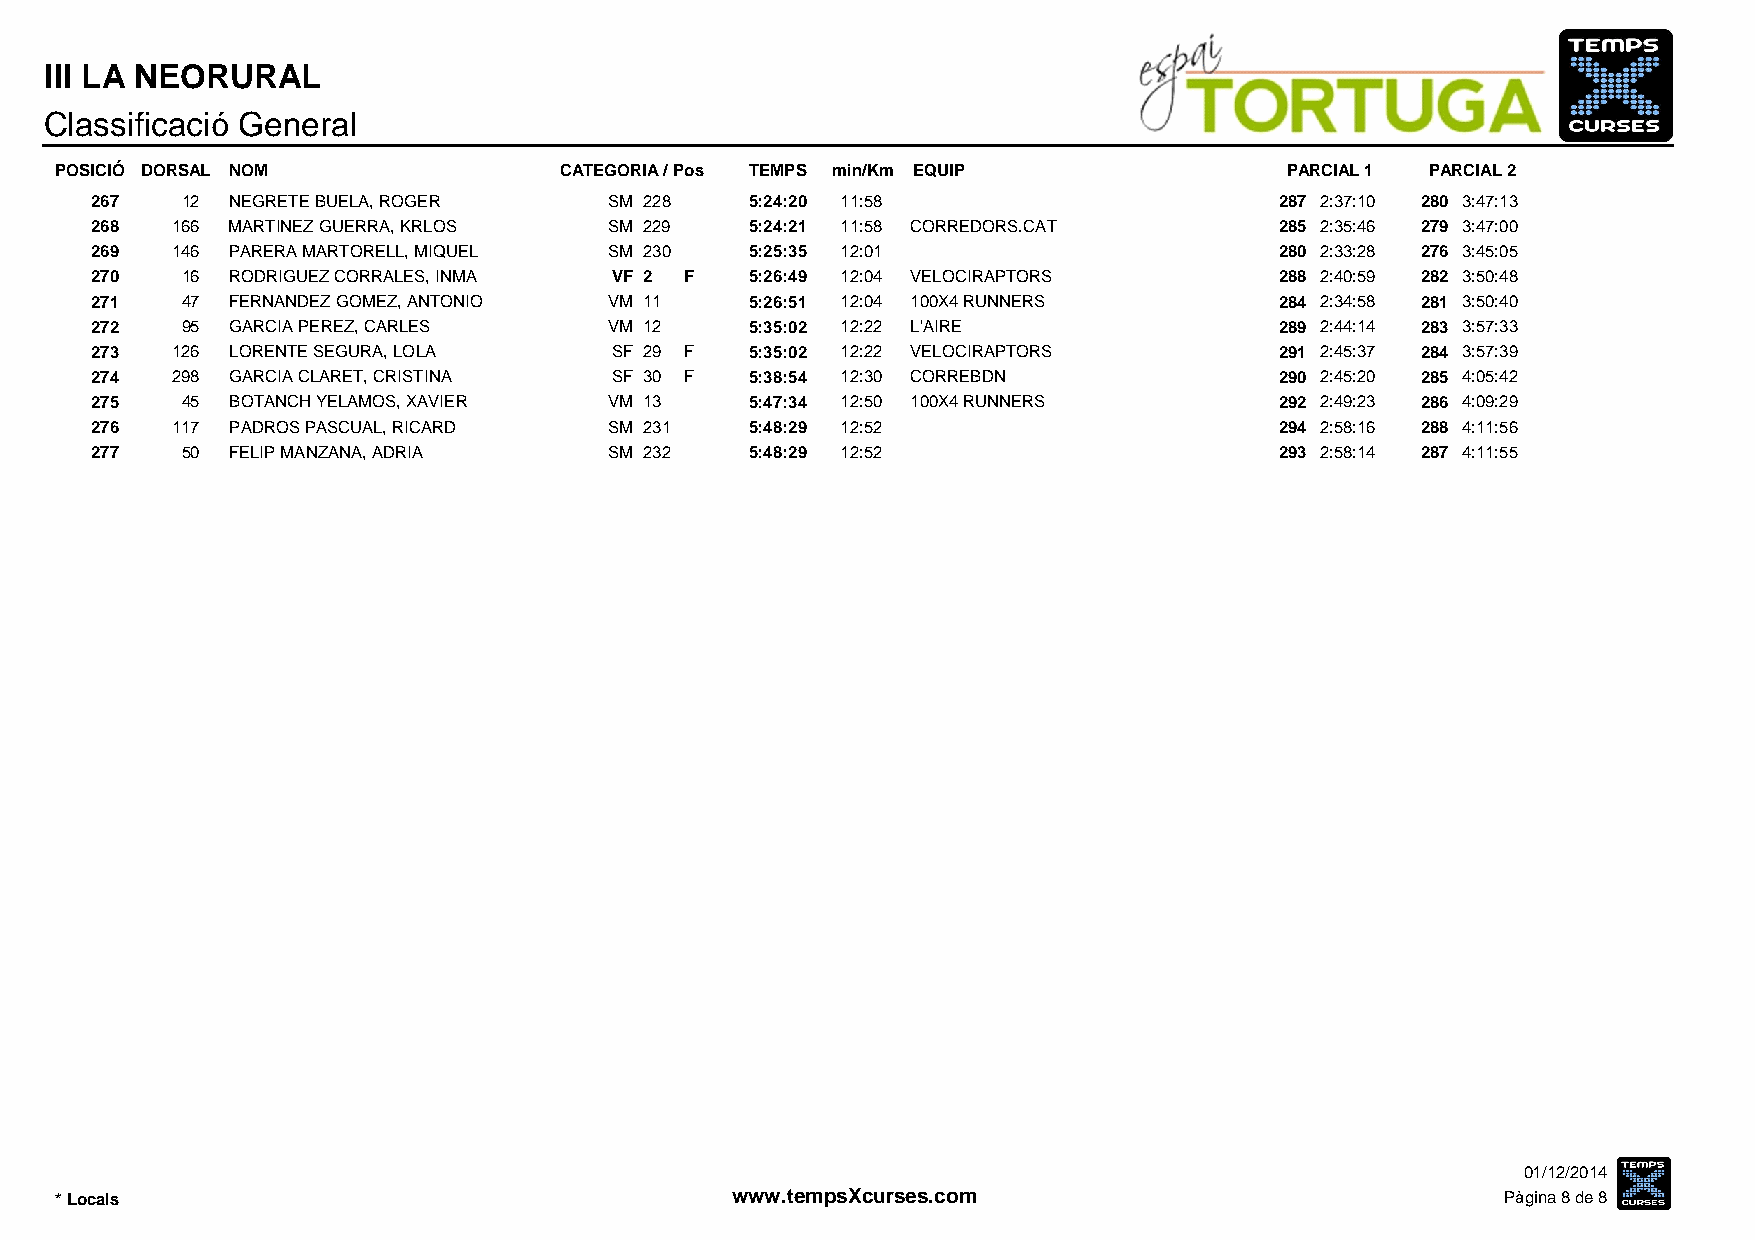
III LA NEORURAL
 Classificació General
 POSICIÓ DORSAL NOM               CATEGORIA / Pos TEMPS min/Km EQUIP              PARCIAL 1 PARCIAL 2
 267   12 NEGRETE BUELA, ROGER     SM 228    5:24:20 11:58                      287 2:37:10 280 3:47:13
 268  166 MARTINEZ GUERRA, KRLOS   SM 229    5:24:21 11:58 CORREDORS.CAT        285 2:35:46 279 3:47:00
 269  146 PARERA MARTORELL, MIQUEL SM 230    5:25:35 12:01                      280 2:33:28 276 3:45:05
 270   16 RODRIGUEZ CORRALES, INMA VF 2 F    5:26:49 12:04 VELOCIRAPTORS        288 2:40:59 282 3:50:48
 271   47 FERNANDEZ GOMEZ, ANTONIO VM 11     5:26:51 12:04 100X4 RUNNERS        284 2:34:58 281 3:50:40
 272   95 GARCIA PEREZ, CARLES     VM 12     5:35:02 12:22 L'AIRE               289 2:44:14 283 3:57:33
 273  126 LORENTE SEGURA, LOLA     SF 29 F   5:35:02 12:22 VELOCIRAPTORS        291 2:45:37 284 3:57:39
 274  298 GARCIA CLARET, CRISTINA  SF 30 F   5:38:54 12:30 CORREBDN             290 2:45:20 285 4:05:42
 275   45 BOTANCH YELAMOS, XAVIER  VM 13     5:47:34 12:50 100X4 RUNNERS        292 2:49:23 286 4:09:29
 276  117 PADROS PASCUAL, RICARD   SM 231    5:48:29 12:52                      294 2:58:16 288 4:11:56
 277   50 FELIP MANZANA, ADRIA     SM 232    5:48:29 12:52                      293 2:58:14 287 4:11:55
 01/12/2014
 * Locals                                    www.tempsXcurses.com                                Pàgina 8 de 8